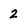
Character: 2